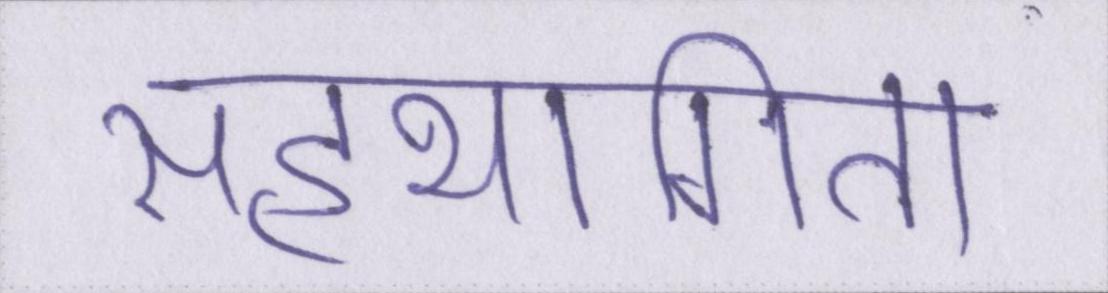
सहभागिता